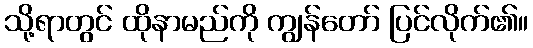
သို့ရာတွင် ထိုနာမည်ကို ကျွန်တော် ပြင်လိုက်၏။